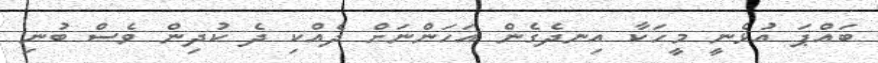
ބައްޕަ އުޅެނީ މީހަކާ އިނދެގެން އަހަންނަށް ދެއްކި ދެ ކުދިން ވެސް ބުނި